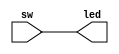
`timescale 1ns / 1ps
//////////////////////////////////////////////////////////////////////////////////
// Company: 
// Engineer: 
// 
// Design Name: 
// Module Name:    led_module 
// Project Name: 
// Target Devices: 
// Tool versions: 
// Description: 
//
// Dependencies: 
//
// Revision: 
// Revision 0.01 - File Created
// Additional Comments: 
//
//////////////////////////////////////////////////////////////////////////////////
module led_module(
    input [7:0] sw,
    output [7:0] led
    );
     
assign led=sw;

endmodule